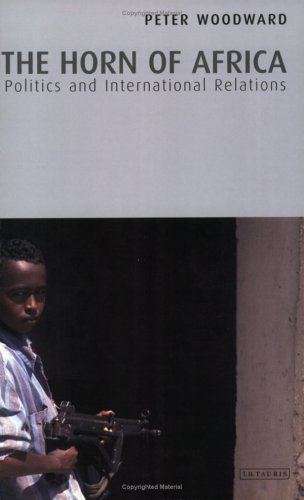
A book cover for The Horn of Africa: Politics and International Relations; Peter Woodward; History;